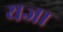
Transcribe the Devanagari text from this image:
यजा